Annual report on the mental hospital in the Central Provinces and Berar (Nagpur) - 1927-1951
Year: 1927
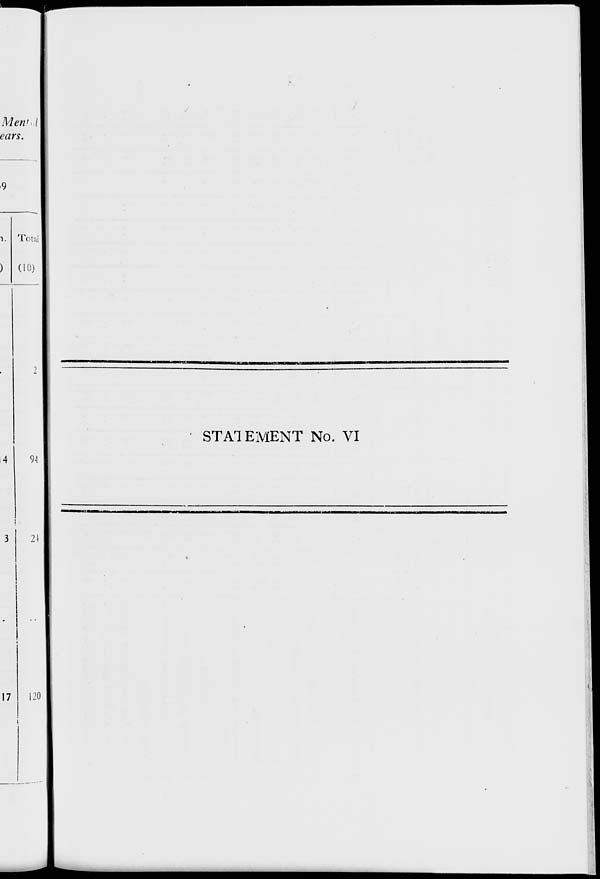
Men*, I
cars.
Total
(10)
94
STATEMENT No. VI
mmzmmmnmm*
i IT J "■—"-■"^-""■—--—
UMOMiafeiQiM
UWCUUUMN
17
20